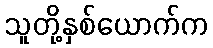
သူတို့နှစ်ယောက်က